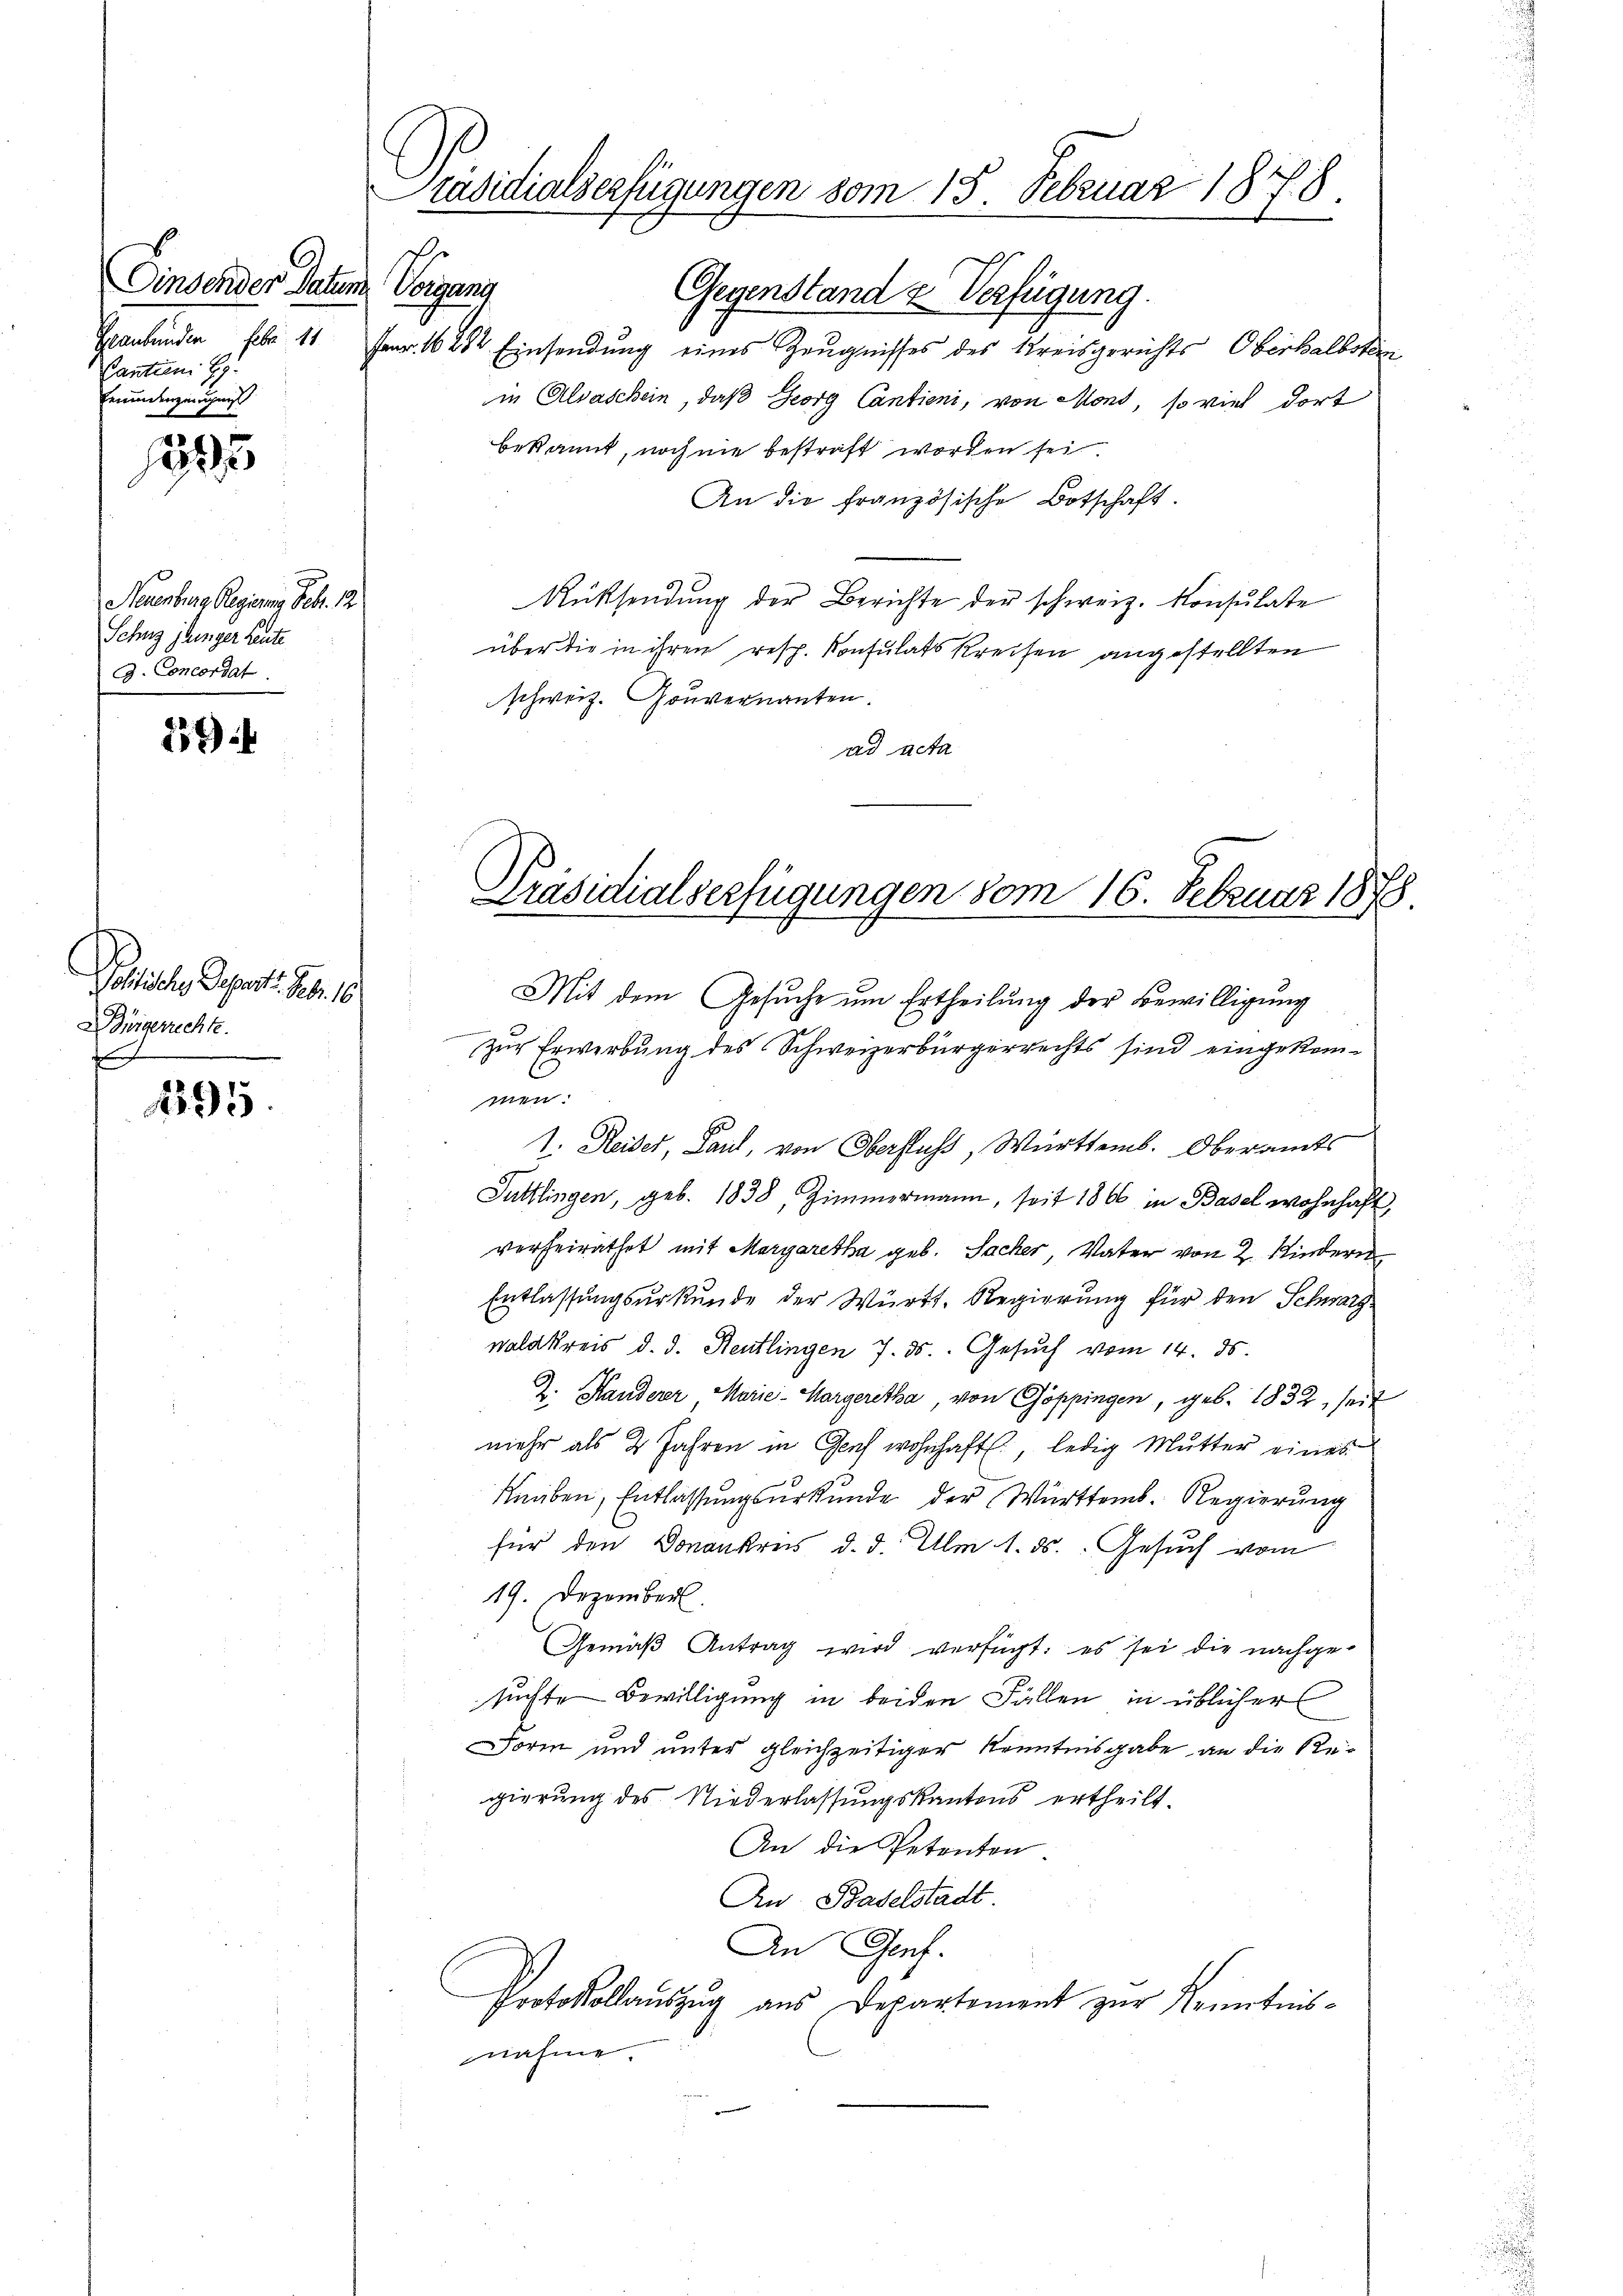
Dinsender Datum Vorgang
Kantien G
Freudenzeigen

1395

Neuenburg Regierung Febr. 18
Schinz junger Leute
G. Concordat

159

Pollische Deprest. Dez. 18
Bürgerrechte.

1895.

Präsidialserfügungen vom 18. Februar 1878.
s

Gegenstand & Verfügung.
Frankenden Febr 11 Fr. 16282 Einsendung eines Zeugnisses des Kreisgerichts Oberhalboten
in Alvaschein, daß Georg Cantieni, von Mond, so viel dort
bekannt, noch nie bestraft worden sei.
An die französische Botschaft.
Rüssendŭng der Berichte der schweiz. Konsulate
über die in ihren resp. Konsulats Kreisen angestellten
schweiz. Gouvernannten.
ad acta

Präsidialserfügungen vom 16. Februar 1878.

Mit dem Gesuche um Ertheilung der Bewilligung
zur Erwerbung des Schweizerbürgerrechts sind eingekommen.
7. Reiser, Paul, von Oberfluss, Württemb. Oberamts
Tuttlingen, geb. 1838, Zimmermann, seit 1866 in Basel wohnhaft,
verheirathet mit Margaretha geb. Sacher, Vater von 2 Kindern
Entlassungsurkunde der Württ. Regierung für den Schwarz
Waldkreis d. d. Reutlingen 7. ds. Gesuch vom 14. ds.
Z. Handerer, Marie - Margaretha, von Göppingen, geb. 1832, seit
mehr als 2 Jahren in Genf wohnhaft, ledig Mutter eines
Knaben, Entlassungsurkunde der Württemb. Regierung
für den Donankreis d. d. Um 1. ds. Gesuch vom
19. Dezember.
Gemäβ Antrag wird verfügt: es sei die nachgesuchte Bewilligung in beiden Fällen in üblicher
Form und unter gleichzeitiger Kenntnisgabe an die Regierung des Niederlassungskantons ertheilt.
An die Petenten.
Zu Baselstadt.
An Genf.
Protokollauszug aus Departement zur Kenntnisnahme.